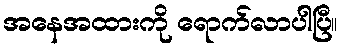
အနေအထားကို ရောက်လာပါပြီ။